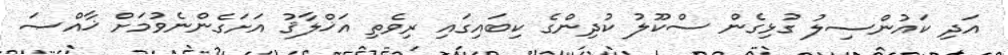
އަދި ކައުންސިލު ގުޅިގެން ސްކޫލު ކުދިންގެ ކިބައިގައި ރިވެތި އަޚްލާޤު އަށަގެންނެވުމަށް ޚާއްޞަ